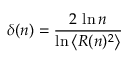
\delta ( n ) = \frac { 2 \, \ln n } { \ln \left\langle R ( n ) ^ { 2 } \right\rangle }